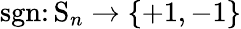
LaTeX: \operatorname{sgn}\colon\mathrm{S}_{n}\rightarrow\{ +1,-1\}